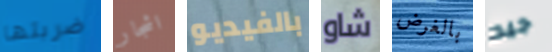
ضربتها اشجار بالفيديو شاو بالغرض جيد